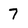
Character: 7